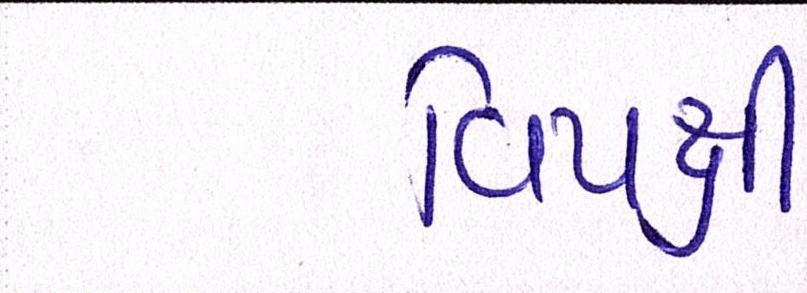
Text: વિપક્ષી